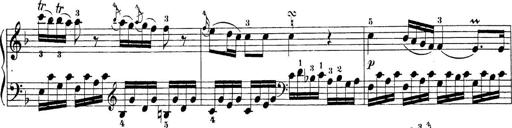
Title: Sonatina Album
Composer: Louis KÃ¶hler